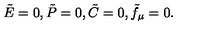
\tilde { E } = 0 , \tilde { P } = 0 , \tilde { C } = 0 , \tilde { f } _ { \mu } = 0 .